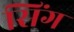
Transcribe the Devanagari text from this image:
सिंग